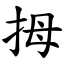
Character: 拇